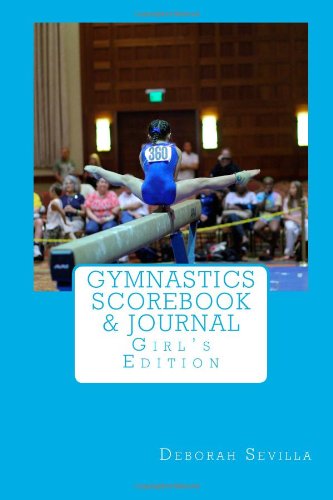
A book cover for Gymnastics Scorebook & Journal: Girl's Edition (Dream Believe Achieve Athletics); Deborah Sevilla; Sports & Outdoors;